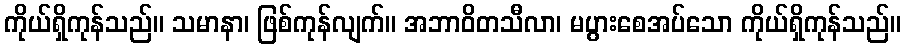
ကိုယ်ရှိကုန်သည်။ သမာနာ၊ ဖြစ်ကုန်လျက်။ အဘာဝိတသီလာ၊ မပွားစေအပ်သော ကိုယ်ရှိကုန်သည်။